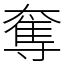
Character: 奪